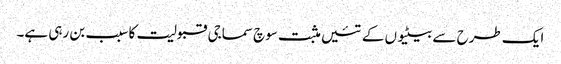
ایک طرح سے بیٹیوں کے تئیں مثبت سوچ سماجی قبولیت کا سبب بن رہی ہے۔